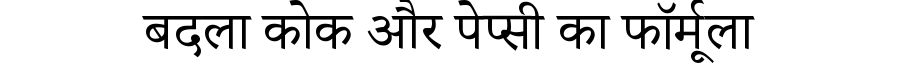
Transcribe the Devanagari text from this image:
बदला कोक और पेप्सी का फॉर्मूला